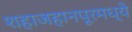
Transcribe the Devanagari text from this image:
शहाजहानपूरमध्ये